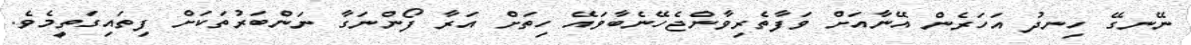
ނޭނގޭ ހިނދު އަހަރެން އޭނާއަށް ވަފާތެރިވާންޖެހޭނެބާވައޭ ހިތަށް އަރާ ފޯންނަގާ ނަންބަރުތަކަށް ފިތައިގަތީމެވެ.